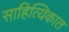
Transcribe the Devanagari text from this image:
साहित्यिकात